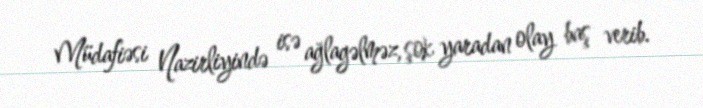
Müdafiəsi Nazirliyində isə ağlagəlməz, şok yaradan olay baş verib.